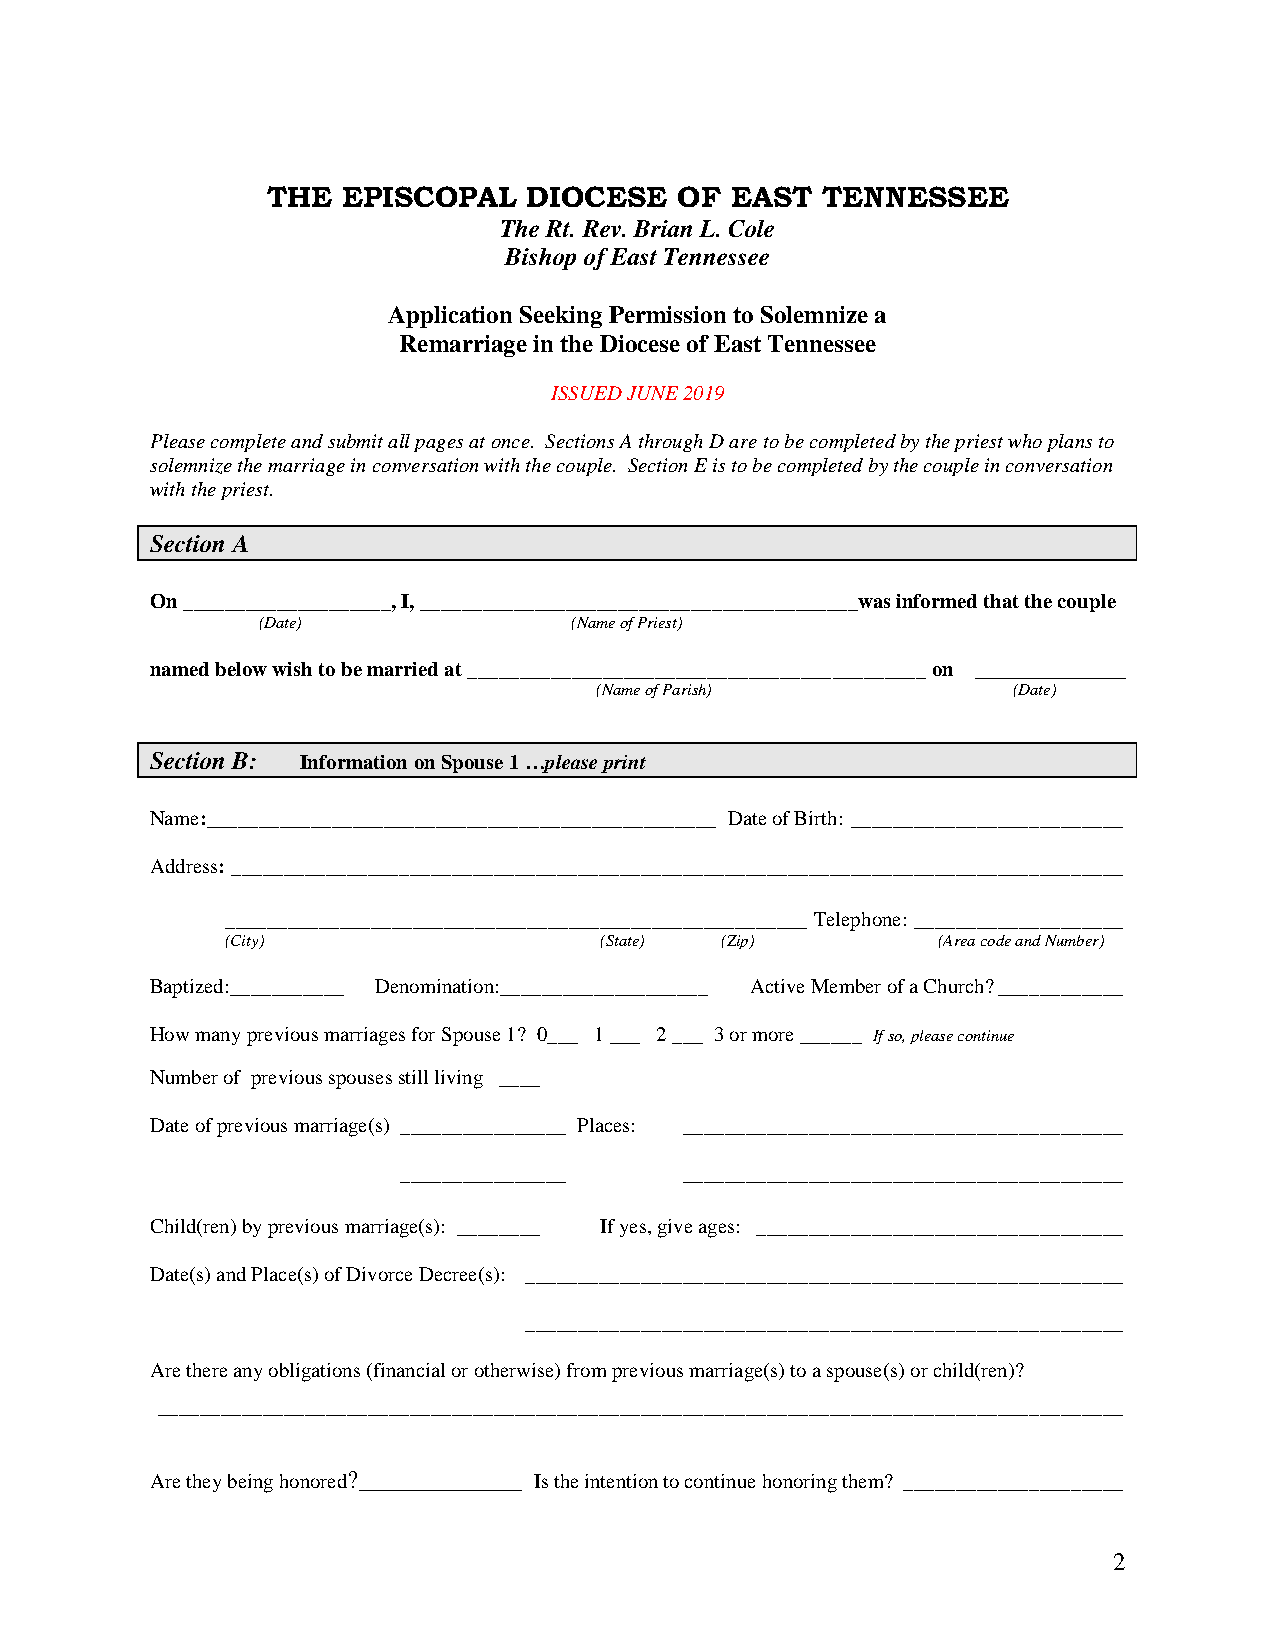
THE  EPISCOPAL   DIOCESE   OF EAST  TENNESSEE
 The Rt. Rev. Brian L. Cole
 Bishop of East Tennessee
 Application Seeking Permission to Solemnize a
 Remarriage in the Diocese of East Tennessee
 ISSUED JUNE 2019
 Please complete and submit all pages at once. Sections A through D are to be completed by the priest who plans to
 solemnize the marriage in conversation with the couple. Section E is to be completed by the couple in conversation
 with the priest.
 Section A
 On ____________________, I, __________________________________________was informed that the couple
 (Date)               (Name of Priest)
 named below wish to be married at ____________________________________________ on ____________
 (Name of Parish)            (Date)
 Section B: Information on Spouse 1 …please print
 Name:_________________________________________________ Date of Birth: __________________________
 Address: _____________________________________________________________________________________
 ________________________________________________________ Telephone: ____________________
 (City)                   (State) (Zip)         (Area code and Number)
 Baptized:___________ Denomination:____________________ Active Member of a Church? ____________
 How many previous marriages for Spouse 1? 0___ 1 ___ 2 ___ 3 or more ______ If so, please continue
 Number of previous spouses still living ____
 Date of previous marriage(s) ________________ Places: __________________________________________
 ________________   __________________________________________
 Child(ren) by previous marriage(s): ________ If yes, give ages: ___________________________________
 Date(s) and Place(s) of Divorce Decree(s): _________________________________________________________
 _________________________________________________________
 Are there any obligations (financial or otherwise) from previous marriage(s) to a spouse(s) or child(ren)?
 ____________________________________________________________________________________________
 Are they being honored?_____________ Is the intention to continue honoring them? _____________________
 2